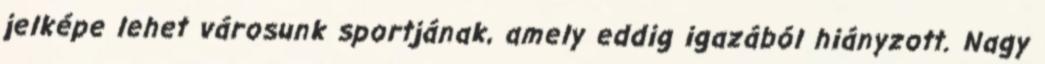
jelképe lehet városunk sportjának, amely eddig igazából hiányzott. Nagy